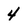
Character: 4